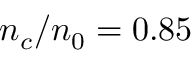
n _ { c } / n _ { 0 } = 0 . 8 5